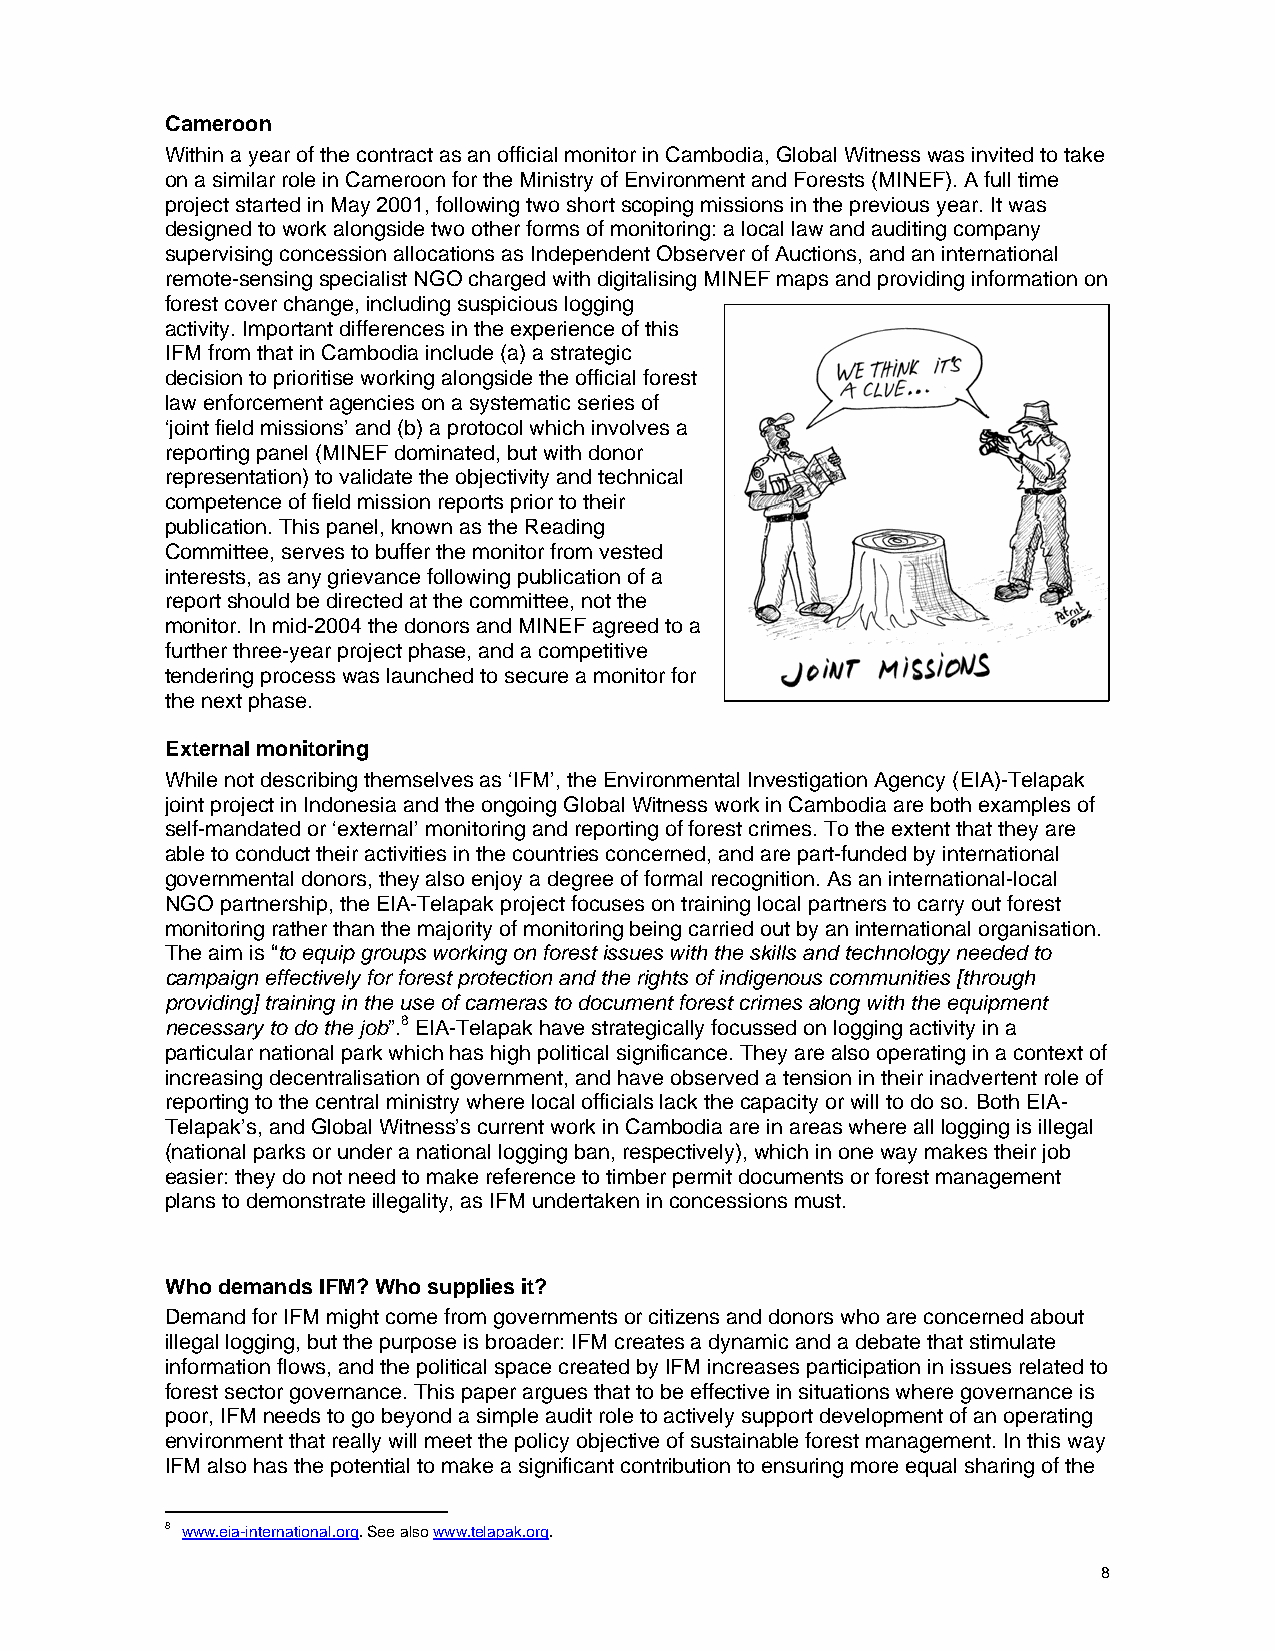
Cameroon
 Within a year of the contract as an official monitor in Cambodia, Global Witness was invited to take
 on a similar role in Cameroon for the Ministry of Environment and Forests (MINEF). A full time
 project started in May 2001, following two short scoping missions in the previous year. It was
 designed to work alongside two other forms of monitoring: a local law and auditing company
 supervising concession allocations as Independent Observer of Auctions, and an international
 remote-sensing specialist NGO charged with digitalising MINEF maps and providing information on
 forest cover change, including suspicious logging
 activity. Important differences in the experience of this
 IFM from that in Cambodia include (a) a strategic
 decision to prioritise working alongside the official forest
 law enforcement agencies on a systematic series of
 ‘joint field missions’ and (b) a protocol which involves a
 reporting panel (MINEF dominated, but with donor
 representation) to validate the objectivity and technical
 competence of field mission reports prior to their
 publication. This panel, known as the Reading
 Committee, serves to buffer the monitor from vested
 interests, as any grievance following publication of a
 report should be directed at the committee, not the
 monitor. In mid-2004 the donors and MINEF agreed to a
 further three-year project phase, and a competitive
 tendering process was launched to secure a monitor for
 the next phase.
 External monitoring
 While not describing themselves as ‘IFM’, the Environmental Investigation Agency (EIA)-Telapak
 joint project in Indonesia and the ongoing Global Witness work in Cambodia are both examples of
 self-mandated or ‘external’ monitoring and reporting of forest crimes. To the extent that they are
 able to conduct their activities in the countries concerned, and are part-funded by international
 governmental donors, they also enjoy a degree of formal recognition. As an international-local
 NGO partnership, the EIA-Telapak project focuses on training local partners to carry out forest
 monitoring rather than the majority of monitoring being carried out by an international organisation.
 The aim is “to equip groups working on forest issues with the skills and technology needed to
 campaign effectively for forest protection and the rights of indigenous communities [through
 providing] training in the use of cameras to document forest crimes along with the equipment
 necessary to do the job”.8 EIA-Telapak have strategically focussed on logging activity in a
 particular national park which has high political significance. They are also operating in a context of
 increasing decentralisation of government, and have observed a tension in their inadvertent role of
 reporting to the central ministry where local officials lack the capacity or will to do so. Both EIA-
 Telapak’s, and Global Witness’s current work in Cambodia are in areas where all logging is illegal
 (national parks or under a national logging ban, respectively), which in one way makes their job
 easier: they do not need to make reference to timber permit documents or forest management
 plans to demonstrate illegality, as IFM undertaken in concessions must.
 Who demands IFM? Who supplies it?
 Demand for IFM might come from governments or citizens and donors who are concerned about
 illegal logging, but the purpose is broader: IFM creates a dynamic and a debate that stimulate
 information flows, and the political space created by IFM increases participation in issues related to
 forest sector governance. This paper argues that to be effective in situations where governance is
 poor, IFM needs to go beyond a simple audit role to actively support development of an operating
 environment that really will meet the policy objective of sustainable forest management. In this way
 IFM also has the potential to make a significant contribution to ensuring more equal sharing of the
 8 www.eia-international.org. See also www.telapak.org.
 8